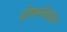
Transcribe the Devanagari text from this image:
शोषणविहीन